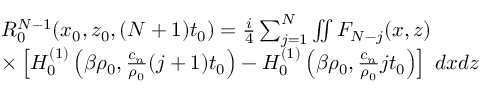
\begin{array} { r l } & { R _ { 0 } ^ { N - 1 } ( x _ { 0 } , z _ { 0 } , ( N + 1 ) t _ { 0 } ) = \frac { i } { 4 } \sum _ { j = 1 } ^ { N } \iint F _ { N - j } ( x , z ) } \\ & { \times \left[ H _ { 0 } ^ { ( 1 ) } \left( \beta \rho _ { 0 } , \frac { c _ { n } } { \rho _ { 0 } } ( j + 1 ) t _ { 0 } \right) - H _ { 0 } ^ { ( 1 ) } \left( \beta \rho _ { 0 } , \frac { c _ { n } } { \rho _ { 0 } } j t _ { 0 } \right) \right] \; d x d z } \end{array}